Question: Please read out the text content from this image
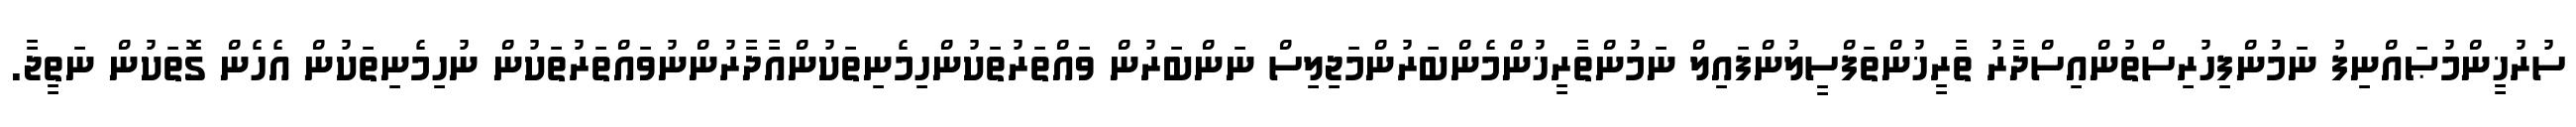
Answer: ސުރުޚީންމުޞައްނިފު ނަމުންފިހުރިސްތުންއިސްދާރު ތާރީޚުންތަފްސީލުންފައިލް ނަމުންތާރީޚުންމެންބަރުންމަޖިލިސް ނަންބަރުން ވައްތަރުތަކުންހިމެނިތަކުންއާދާރުންނުވައްތަރުތަކުން ނުހިމެނިތަކުން އެހެން ގޮތަކުން ނަތީޖާ.